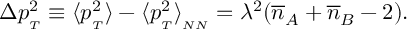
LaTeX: \Delta p _ { { } _ { T } } ^ { 2 } \equiv \langle p _ { { } _ { T } } ^ { 2 } \rangle - \langle p _ { { } _ { T } } ^ { 2 } \rangle _ { { } _ { N N } } = \lambda ^ { 2 } ( { \overline { { n } } } _ { A } + { \overline { { n } } } _ { B } - 2 ) .